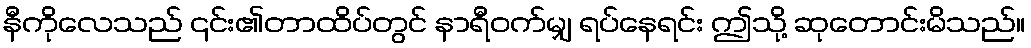
နီကိုလေသည် ၎င်း၏တာထိပ်တွင် နာရီဝက်မျှ ရပ်နေရင်း ဤသို့ ဆုတောင်းမိသည်။